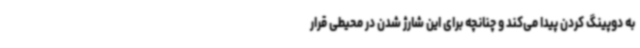
به دوپینگ کردن پیدا می‌کند و چنانچه برای این شارژ شدن در محیطی قرار